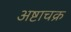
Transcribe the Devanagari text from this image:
अष्टाचक्र